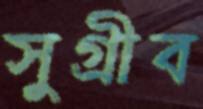
সুগ্রীব